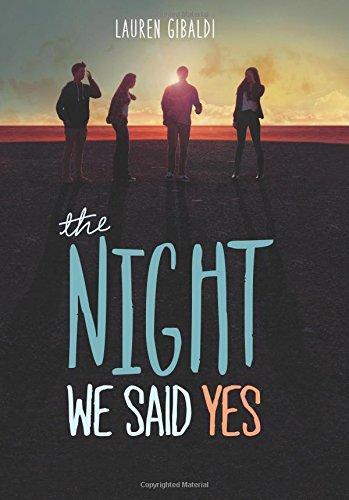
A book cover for The Night We Said Yes; Lauren Gibaldi; Teen & Young Adult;